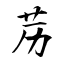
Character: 苈